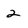
Character: 2